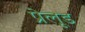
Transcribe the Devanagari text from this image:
प्रेलूड